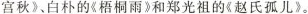
宫秋》、白朴的《梧桐雨》和郑光祖的《赵氏孤儿》。